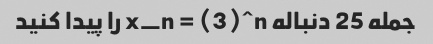
جمله 25 دنباله x_n = (3)^n را پیدا کنید